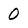
Character: 0